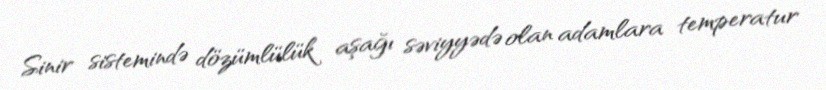
Sinir sistemində dözümlülük aşağı səviyyədə olan adamlara temperatur